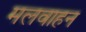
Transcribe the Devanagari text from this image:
मलवाहन